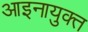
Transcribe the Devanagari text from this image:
आइनायुक्त